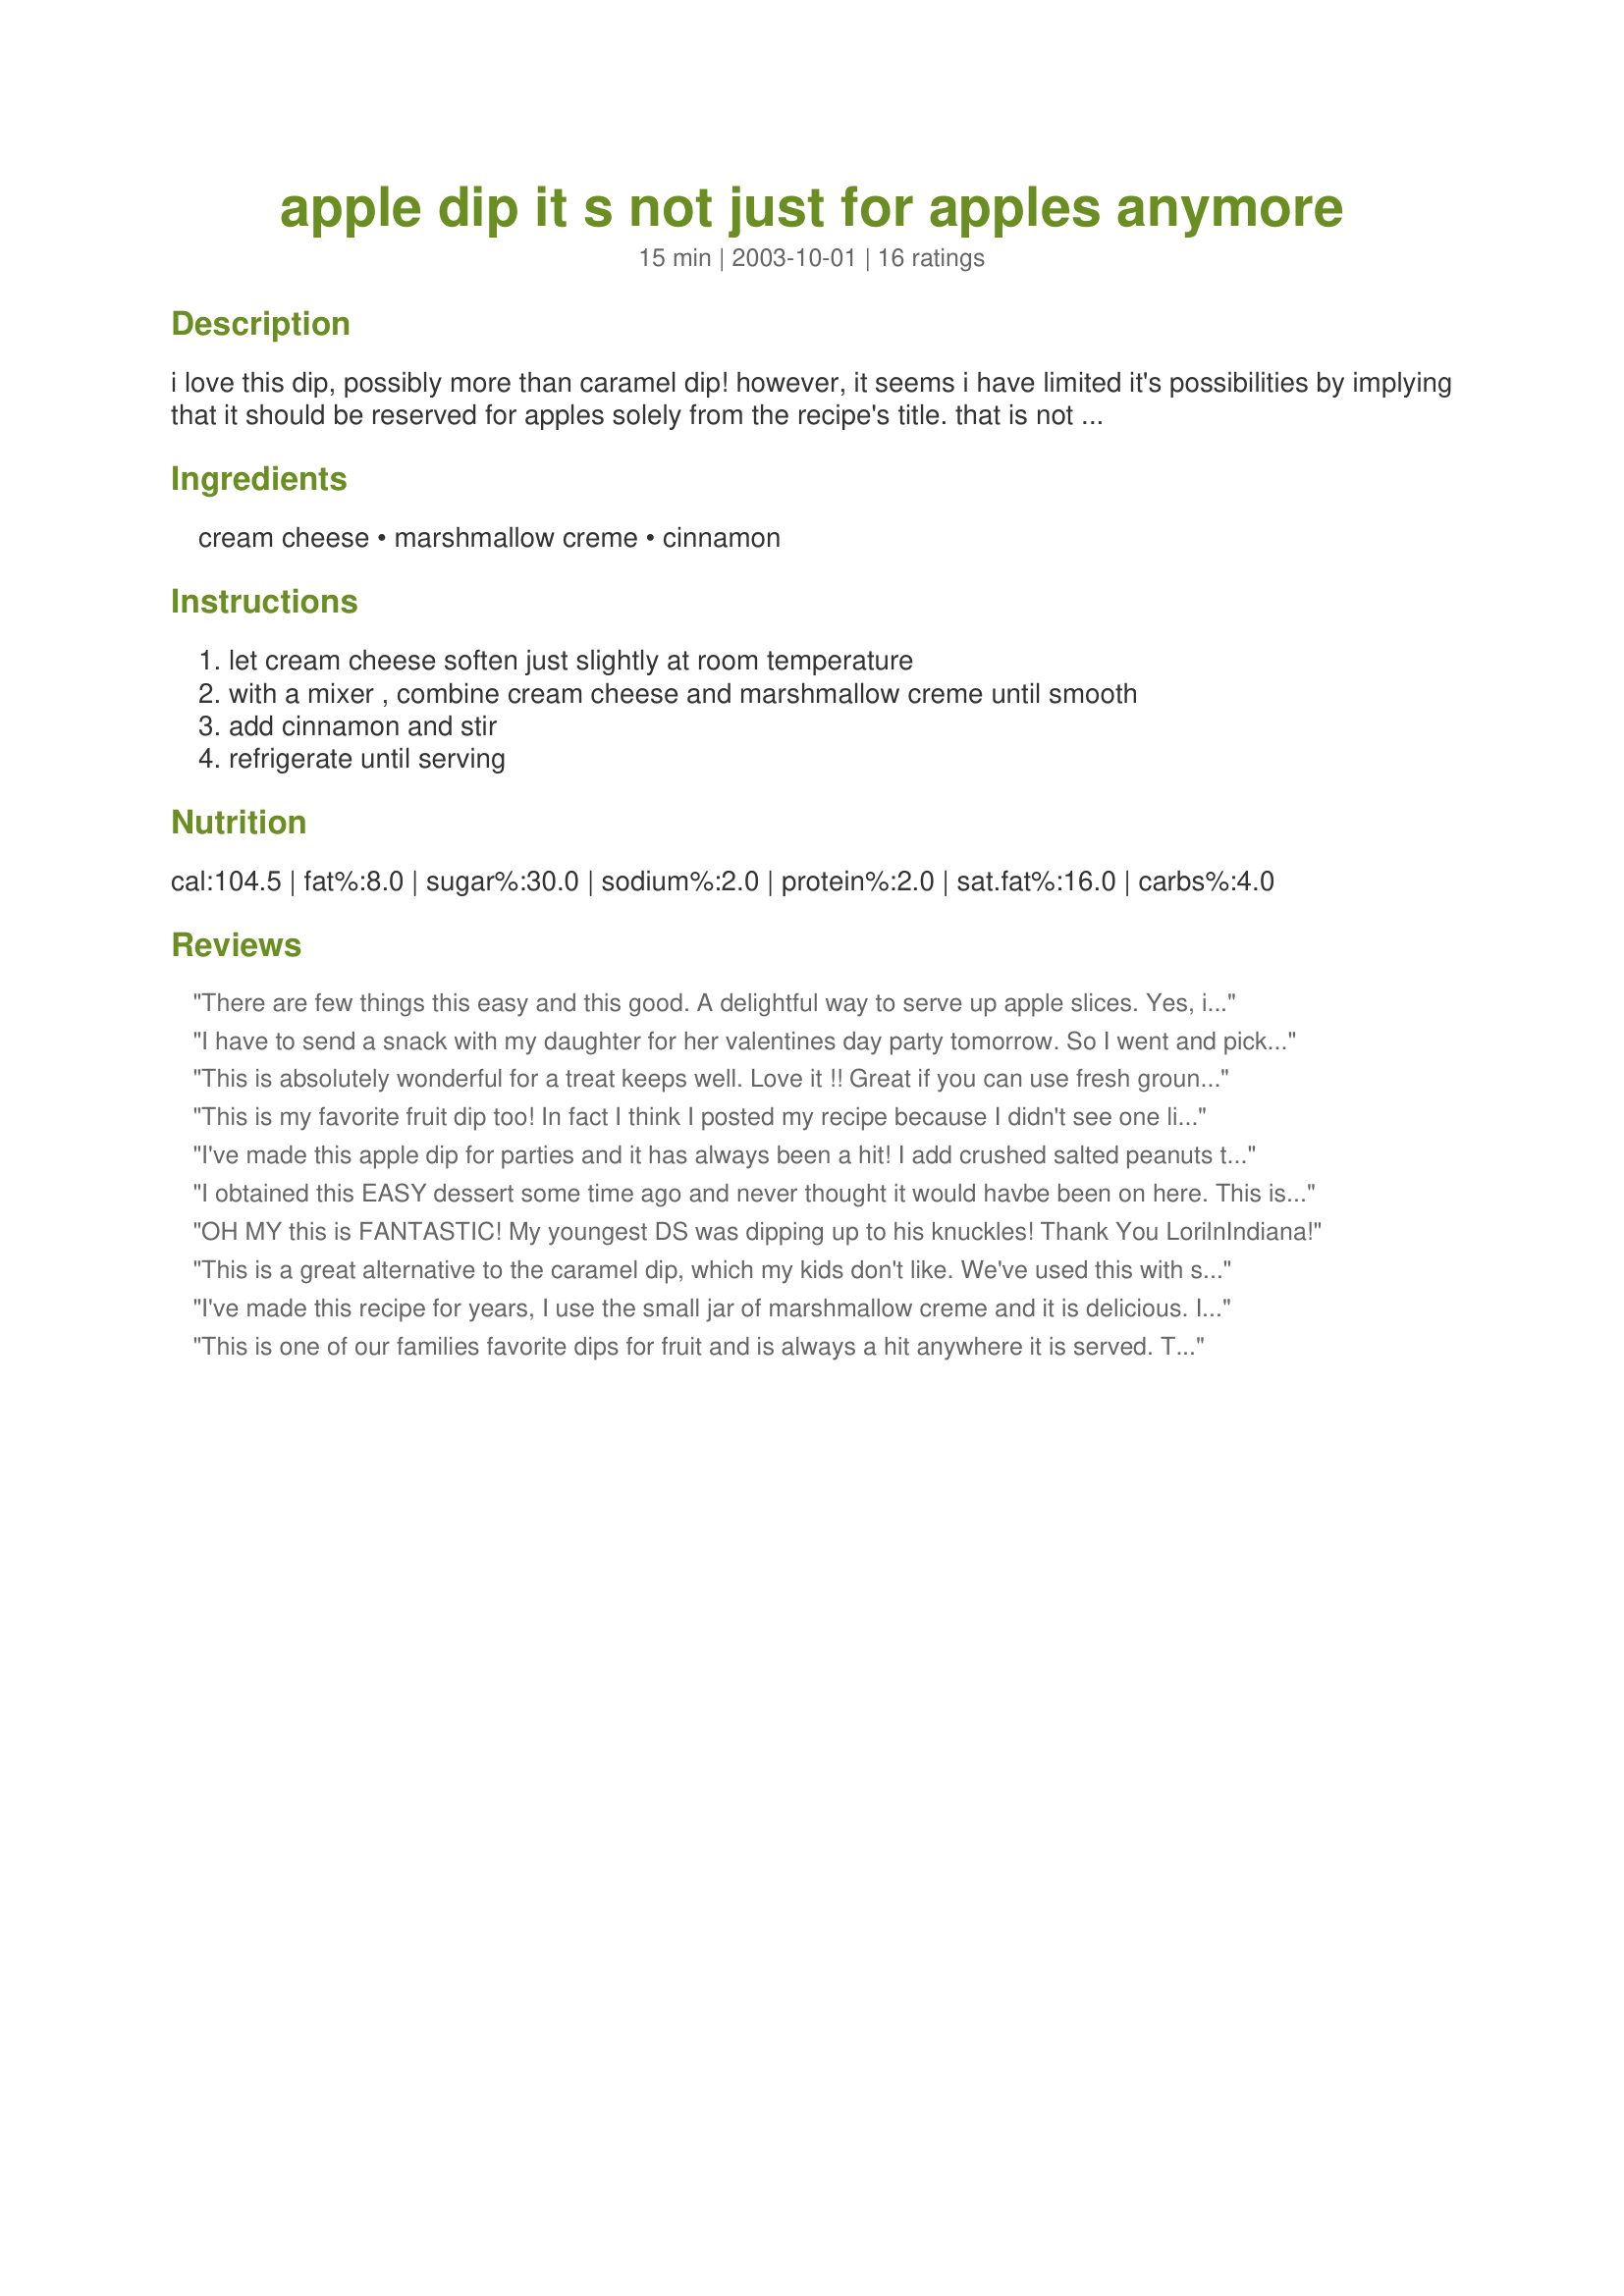
apple dip it s not just for apples anymore
Preparation time: 15 minutes

i love this dip, possibly more than caramel dip! however, it seems i have limited it's possibilities by implying that it should be reserved for apples solely from the recipe's title. that is not the case!! why should you try this dip? well the marshmallow and cream cheese dip is great, but i believe it's the cinnamon that really sets it apart!! i think you could put the ingredients on a long list of things, but i'll let you use your own creativity for that. i prefer it with very tart apples, such as northern spy or granny smith, but have used it with all sorts since dh likes sweet and softer apples. it is very good and very easy and can be prepared in advance, such as for parties.

Ingredients:
cream cheese, marshmallow creme, cinnamon

Steps:
let cream cheese soften just slightly at room temperature, with a mixer , combine cream cheese and marshmallow creme until smooth, add cinnamon and stir, refrigerate until serving

Reviews:
 There are few things this easy and this good. A delightful way to serve up apple slices. Yes, it needs a good round of mixing to smooth away the lumps. Thanks for this recipe!!
I have to send a snack with my daughter for her valentines day party tomorrow. So I went and picked up some apples and the stuff to make this. Made it and tried it and LOVED it. The cinnamon makes all the difference!!!Thank you :)
This is absolutely wonderful for a treat keeps well. Love it !!
Great if you can use fresh ground cinnamon :)
This is my favorite fruit dip too! In fact I think I posted my recipe because I didn't see one like it on here until now. Great stuff!!
I've made this apple dip for parties and it has always been a hit! I add crushed salted peanuts to it for some crunch---the saltiness balances the sweetness of the dip :) Try it!
I obtained this EASY dessert some time ago and never thought it would havbe been on here. This is awsome, I've been making this dessert for the past 7 years as a cool summer dessert. Even the adults can't get enough of this.

I also like to add a little vanilla extract to taste.
OH MY this is FANTASTIC! My youngest DS was dipping up to his knuckles!
Thank You LorilnIndiana!
This is a great alternative to the caramel dip, which my kids don't like. We've used this with strawberries and grapes too. Great recipe!
I've made this recipe for years, I use the small jar of marshmallow creme and it is delicious. I sometimes omit the cinnamon, especially when I use it with a tropical fruit tray using pineapple and strawberry. I also usually make sure to cream cream cheese well so I don't have lumps. Good stuff!
This is one of our families favorite dips for fruit and is always a hit anywhere it is served. That said I have never added the cinammon to it before and found it a lovely addition. It really is a nice flavor to give the dip a bit of spark, especially with apples. Thanks Lori for perking up a favorite recipe!
I made this for a party at work. The only thing I did different is added a tub of cool whip. YUMMY. Thanks for a great recipe.
Lisa
This was incredible! My picky eater kids loved it!
I, too, have always made this apple dip, but I have never included cinnamon. I really liked the addition of it. It added that something special thats not usually there. I served this with both granny smith and red delicious apples, bananas and strawberries. Huge hit with my family.
This dip was excellent! I served it with Apples in Pajamas Recipe #320304. Everyone loved it, so easy to make too!
Oh my, this is so good! I absolutely loved it! The cinnamon adds wonderful flavor and it's just all around delicious! As a note, I used a 7 oz. jar of marshmall creme.
Made this for my 6 y/o because he doesn't like caramel sauce. We had visited the apple orchards out here and brought home a ton of apples and made this dip and just loved it! Very easy to make and tastes fantastic! Try it!!!
